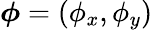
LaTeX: \boldsymbol{\phi}=\left(\phi_{x},\phi_{y}\right)